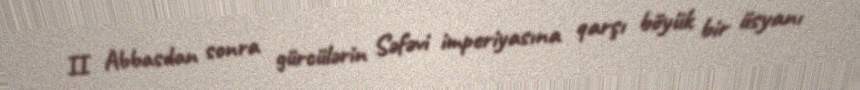
II Abbasdan sonra gürcülərin Səfəvi imperiyasına qarşı böyük bir üsyanı